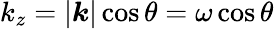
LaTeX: k_{z}=|\boldsymbol{k}|\cos\theta=\omega\cos\theta